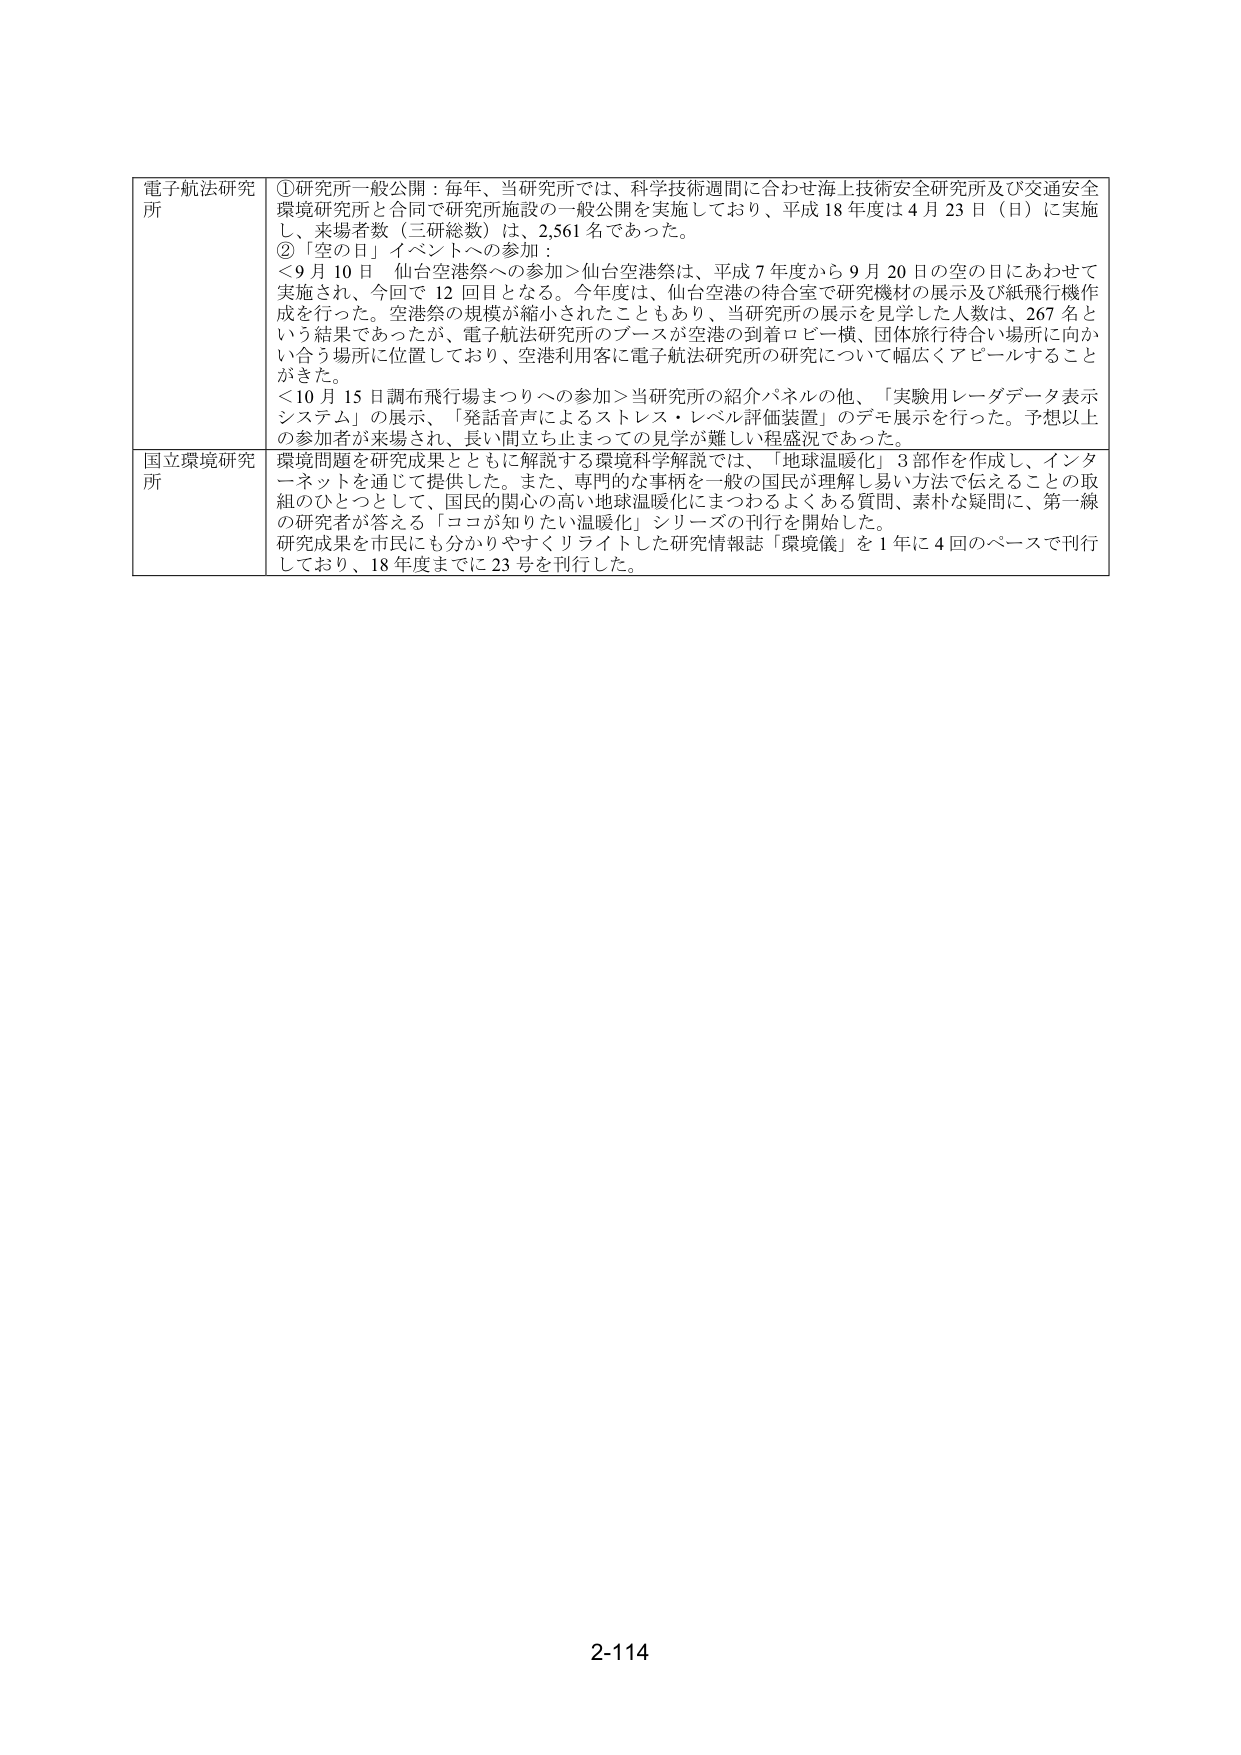
電子航法研究所
①研究所一般公開：毎年、当研究所では、科学技術週間に合わせ海上技術安全研究所及び交通安全
環境研究所と合同で研究所施設の一般公開を実施しており、平成18年度は4月23日（日）に実施
し、来場者数（三研総数）は、2,561名であった。
②「空の日」イベントへの参加：
＜9月10日 仙台空港祭への参加＞仙台空港祭は、平成7年度から9月20日の空の日にあわせて
実施され、今回で12回目となる。今年度は、仙台空港の待合室で研究機材の展示及び紙飛行機作
成を行った。空港祭の規模が縮小されたこともあり、当研究所の展示を見学した人数は、267名と
いう結果であったが、電子航法研究所のブースが空港の到着ロビー横、団体旅行待合い場所に向か
い合う場所に位置しており、空港利用客に電子航法研究所の研究について幅広くアピールすること
がきた。
＜10月15日調布飛行場まつりへの参加＞当研究所の紹介パネルの他、「実験用レーダデータ表示
システム」の展示、「発話音声によるストレス・レベル評価装置」のデモ展示を行った。予想以上
の参加者が来場され、長い間立ち止まっての見学が難しい程盛況であった。
国立環境研究所
環境問題を研究成果とともに解説する環境科学解説では、「地球温暖化」3部作を作成し、インタ
ーネットを通じて提供した。また、専門的な事柄を一般の国民が理解し易い方法で伝えることの取
組のひとつとして、国民的関心の高い地球温暖化にまつわるよくある質問、素朴な疑問に、第一線
の研究者が答える「ココが知りたい温暖化」シリーズの刊行を開始した。
研究成果を市民にも分かりやすくリライトした研究情報誌「環境儀」を1年に4回のペースで刊行
しており、18年度までに23号を刊行した。
2-114